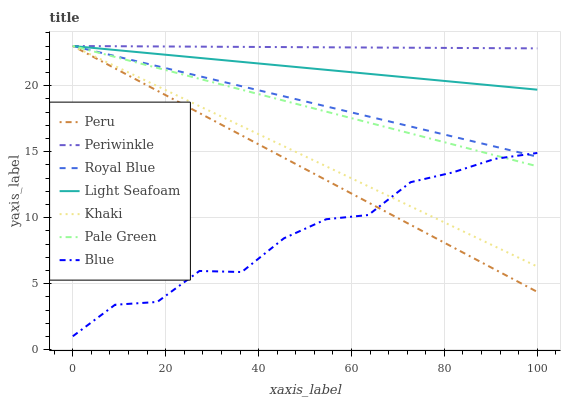
| xaxis_label | Peru | Periwinkle | Royal Blue | Light Seafoam | Khaki | Pale Green | Blue |
 | --- | --- | --- | --- | --- | --- | --- | --- |
 | 0 | 23 | 23 | 23 | 23 | 23 | 23 | 1.01 |
 | 9.09 | 21.3 | 23 | 22.2 | 22.7 | 21.5 | 22.2 | 3.4 |
 | 18.2 | 19.6 | 23 | 21.5 | 22.4 | 20 | 21.3 | 3.61 |
 | 27.3 | 17.9 | 23 | 20.7 | 22.1 | 18.4 | 20.5 | 5.96 |
 | 36.4 | 16.2 | 22.9 | 20 | 21.8 | 16.9 | 19.7 | 5.88 |
 | 45.5 | 14.5 | 22.9 | 19.2 | 21.5 | 15.4 | 18.9 | 8.43 |
 | 54.5 | 12.8 | 22.9 | 18.4 | 21.2 | 13.9 | 18 | 9.88 |
 | 63.6 | 11.1 | 22.9 | 17.7 | 20.9 | 12.4 | 17.2 | 10.2 |
 | 72.7 | 9.45 | 22.9 | 16.9 | 20.6 | 10.9 | 16.4 | 12.7 |
 | 81.8 | 7.76 | 22.9 | 16.1 | 20.3 | 9.33 | 15.5 | 13.4 |
 | 90.9 | 6.07 | 22.8 | 15.4 | 20 | 7.81 | 14.7 | 14.5 |
 | 100 | 4.37 | 22.8 | 14.6 | 19.7 | 6.29 | 13.9 | 14.9 |